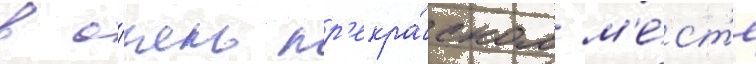
в о́чень пр'екра́сном м'е́ст'е